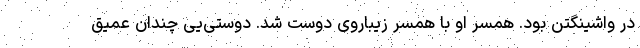
در واشینگتن بود. همسر او با همسر زیباروی دوست شد. دوستی‌یی چندان عمیق